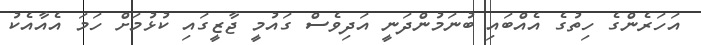
އަހަރެންގެ ހިތުގެ އެއްބައި ބުނަމުންދަނީ އަދިވެސް ގައުމީ ޖާޒީގައި ކުޅުމަށް ހަމަ އެއާއެކު